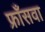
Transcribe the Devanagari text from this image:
फ्राँसवा